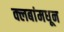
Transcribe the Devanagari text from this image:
क्लबांमधून